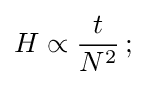
H\propto {\frac {t}{N^{2}}}\,;